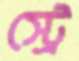
স্ট্রে